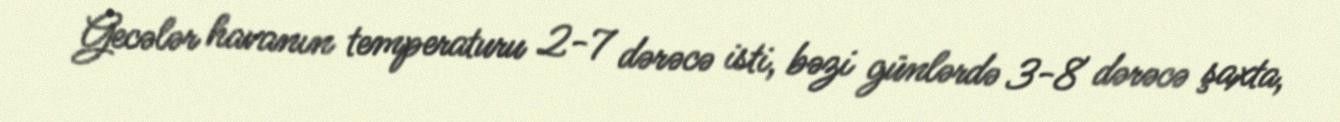
Gecələr havanın temperaturu 2-7 dərəcə isti, bəzi günlərdə 3-8 dərəcə şaxta,